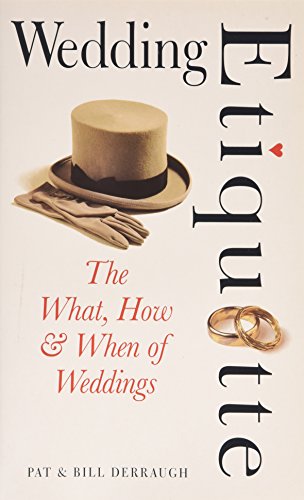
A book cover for Wedding Etiquette: The What, How & When of Weddings; Pat Derraugh; Crafts, Hobbies & Home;